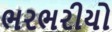
ભરભરીયો